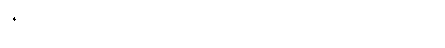
ပဉ္စကလျာ၊ ညိုပြာတင့်ဆင်းရောင်၊ ရွှေကြက်တောင်ဝယ်၊ ဖြူရောင်ရထည်းဆွ၊ သွယ်ခွေချ၍၊